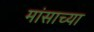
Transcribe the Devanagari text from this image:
मांसाच्या